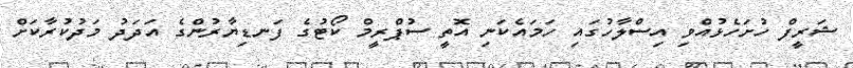
ޝަރީފް ހުށަހެޅުއްވި އިސްލާހުގައި ހަމައެކަނި އޮތީ ސުޕްރީމް ކޯޓުގެ ފަނޑިޔާރުންގެ އަދަދު މަދުކުރާކަށް